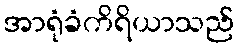
အာရုံခံကိရိယာသည်